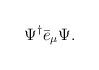
LaTeX: \begin{align*}\Psi ^{\dagger }\bar{e}_{\mu }\Psi . \end{align*}